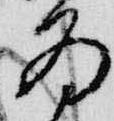
為